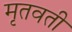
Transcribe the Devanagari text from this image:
मृतवती